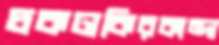
চকঢাকিরকান্দা